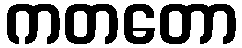
ကတတော